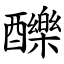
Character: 䤕